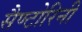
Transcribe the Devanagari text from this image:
सैण्टोरिनी